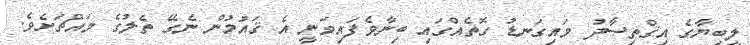
ލީބިޔާގެ އިޤްތިޞާދު މައިގަނޑު ގޮތެއްގައި ބިނާވެފައިވަނީ އެ ޤައުމުން ނެގޭ ތެލުގެ މައްޗަށެވެ.